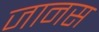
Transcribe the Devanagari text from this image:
जानस